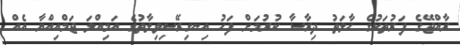
ރާއްޖޭގެ ފަރުތަކުގެ ހާލަތު ދިރާސާ ކުރުމަށް ފަހު އިނގިރޭސިވިލާތުގެ އަމިއްލަ ޖަމްއިއްޔާ އެއް